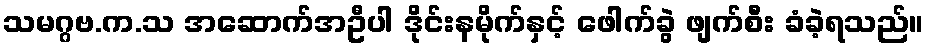
သမဂ္ဂဗ.က.သ အဆောက်အဦပါ ဒိုင်းနမိုက်နှင့် ဖေါက်ခွဲ ဖျက်စီး ခံခဲ့ရသည်။